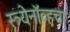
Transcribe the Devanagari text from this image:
स्त्र्येनॉव्हचा